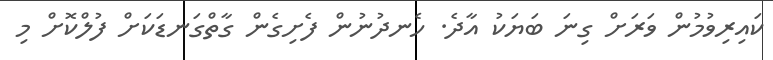
ކައިރިވުމުން ވަރަށް ގިނަ ބަޔަކު އާދެ. ހެނދުނުން ފެށިގެން ގާތްގަނޑަކަށް ފުލްކޮށް މި